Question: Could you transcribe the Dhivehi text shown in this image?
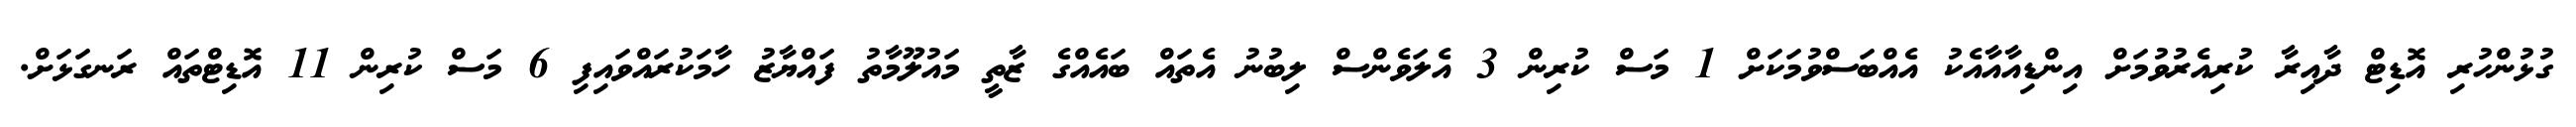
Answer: ގުޅުންހުރި އޮޑިޓް ދާއިރާ ކުރިއެރުވުމަށް އިންޑިއާއާއެކު އެއްބަސްވުމަކަށް 1 މަސް ކުރިން 3 އެލަވެންސް ލިބުނު އެތައް ބައެއްގެ ޒާތީ މައުލޫމާތު ފައްޔާޒު ހާމަކުރައްވައިފި 6 މަސް ކުރިން 11 އޮޑިޓްތައް ރަނގަޅަށް.